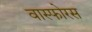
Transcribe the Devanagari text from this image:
वास्फोरस